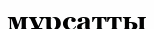
мұрсатты